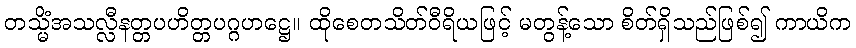
တသ္မိံအသလ္လီနတ္တပဟိတ္တပဂ္ဂဟဋ္ဌေ။ ထိုစေတသိတ်ဝီရိယဖြင့် မတွန့်သော စိတ်ရှိသည်ဖြစ်၍ ကာယိက